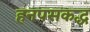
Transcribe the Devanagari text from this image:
हनपसकद्ध